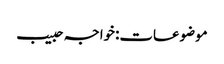
موضوعات:خواجہ حبیب